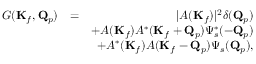
\begin{array} { r l r } { G ( \mathbf { K } _ { f } , \mathbf { Q } _ { p } ) } & { = } & { | A ( \mathbf { K } _ { f } ) | ^ { 2 } \delta ( \mathbf { Q } _ { p } ) } \\ & { } & { + A ( \mathbf { K } _ { f } ) A ^ { * } ( \mathbf { K } _ { f } + \mathbf { Q } _ { p } ) \Psi _ { s } ^ { * } ( - \mathbf { Q } _ { p } ) } \\ & { } & { + A ^ { * } ( \mathbf { K } _ { f } ) A ( \mathbf { K } _ { f } - \mathbf { Q } _ { p } ) \Psi _ { s } ( \mathbf { Q } _ { p } ) , } \end{array}